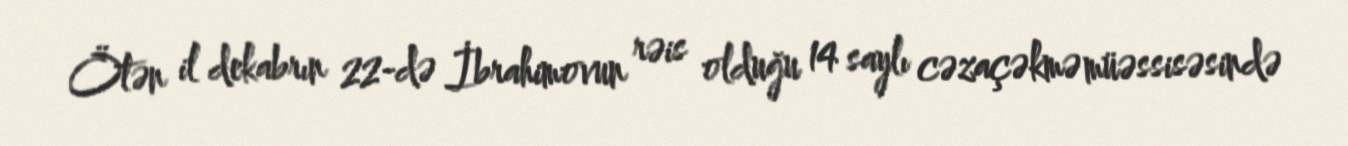
Ötən il dekabrın 22-də İbrahimovun rəis olduğu 14 saylı cəzaçəkmə müəssisəsində